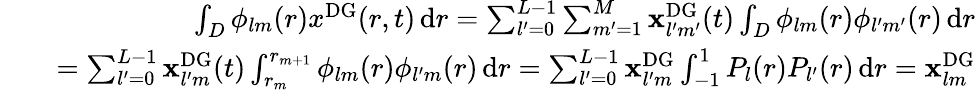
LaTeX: \begin{array}{rlr}&{}&{\int_{D}\phi_{lm}(r)x^{\mathrm{{DG}}}(r,t)\, \mathrm{d}r=\sum_{l^{\prime}=0}^{L-1}\sum_{m^{\prime}=1}^{M}\mathbf{x}_{l^{\prime}m^{\prime}}^{\mathrm{DG}}(t)\int_{D}\phi_{lm}(r)\phi_{l^{\prime}m^{\prime}}(r)\, \mathrm{d}r}\\ &{}&{=\sum_{l^{\prime}=0}^{L-1}\mathbf{x}_{l^{\prime}m}^{\mathrm{{DG}}}(t)\int_{r_{m}}^{r_{m+1}}\phi_{lm}(r)\phi_{l^{\prime}m}(r)\, \mathrm{d}r=\sum_{l^{\prime}=0}^{L-1}\mathbf{x}_{l^{\prime}m}^{\mathrm{DG}}\int_{-1}^{1}P_{l}(r)P_{l^{\prime}}(r)\, \mathrm{d}r=\mathbf{x}_{lm}^{\mathrm{{DG}}}}\end{array}